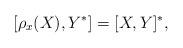
LaTeX: \begin{align*}[\rho_x(X),Y^*] = [X,Y]^*,\end{align*}